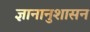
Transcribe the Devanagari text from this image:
ज्ञानानुशासन